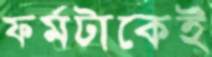
ফর্মটাকেই